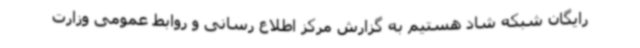
رایگان شبکه شاد هستیم به گزارش مرکز اطلاع رسانی و روابط عمومی وزارت